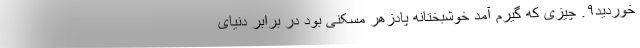
خوردید۹. چیزی که گیرم آمد خوشبختانه پادزهر مسکنی بود در برابر دنیای